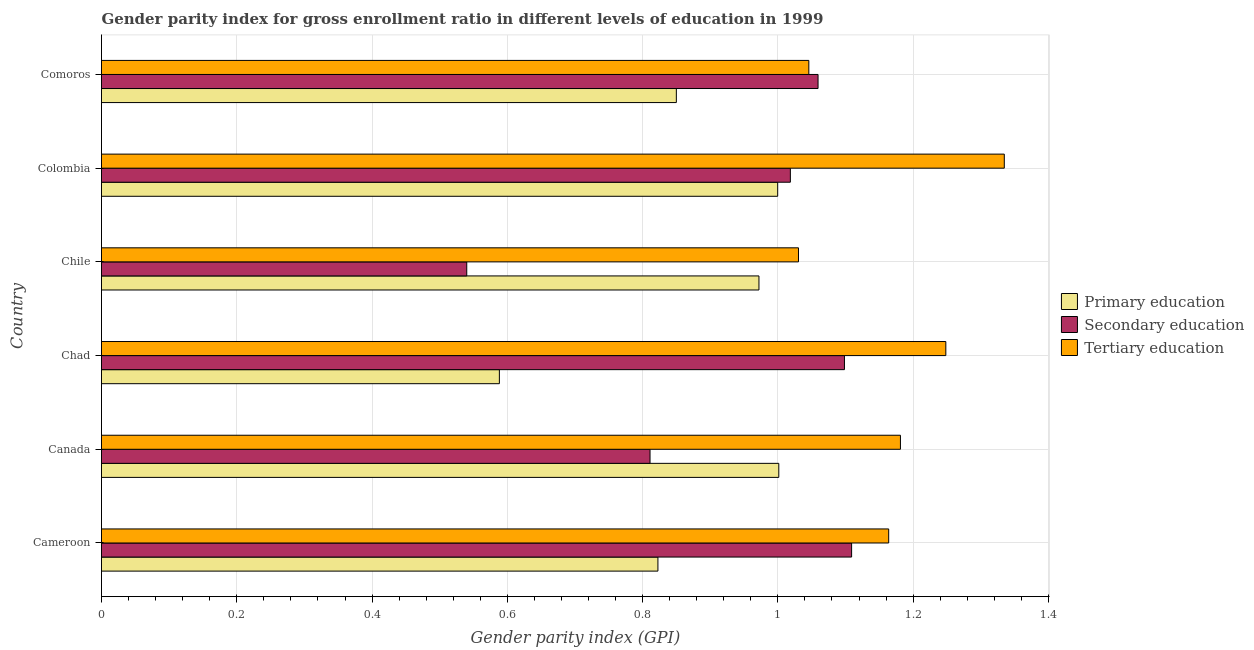
| Country | Primary education | Secondary education | Tertiary education |
 | --- | --- | --- | --- |
 | Cameroon | 0.823 | 1.11 | 1.16 |
 | Canada | 1 | 0.811 | 1.18 |
 | Chad | 0.588 | 1.1 | 1.25 |
 | Chile | 0.972 | 0.54 | 1.03 |
 | Colombia | 1 | 1.02 | 1.33 |
 | Comoros | 0.85 | 1.06 | 1.05 |